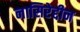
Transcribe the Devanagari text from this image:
नासिरेद्दीन